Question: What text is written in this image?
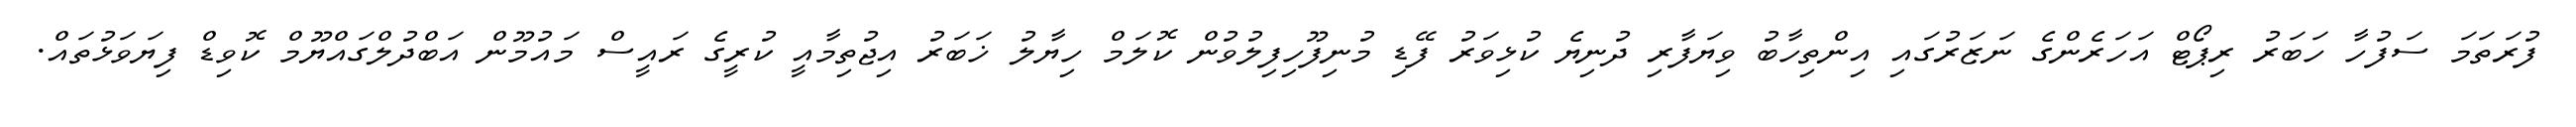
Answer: ފުރަތަމަ ސަފުހާ ހަބަރު ރިޕޯޓް އަހަރެންގެ ނަޒަރުގައި އިންތިހާބު ވިޔަފާރި ދުނިޔެ ކުޅިވަރު ފޭޑި މުނިފޫހިފިލުވުން ކޮލަމް ހިޔާލު ޚަބަރު އިޖުތިމާއީ ކުރީގެ ރައީސް މައުމޫން އަބްދުލްގައްޔޫމް ކޮވިޑް ފިޔަވަޅުތައް.